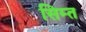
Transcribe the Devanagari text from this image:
सिम्त